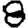
Digit: 8